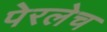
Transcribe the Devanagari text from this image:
पेरलेच